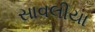
સાવલીયા